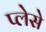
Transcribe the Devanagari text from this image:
प्लेसे